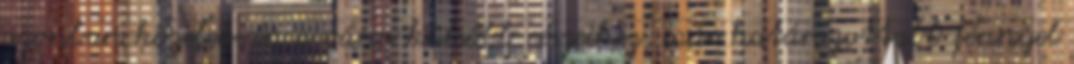
azonban közeledvén a város külsőbb részeihez, már határozottabb fénnyel